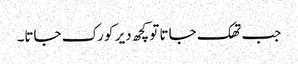
جب تھک جاتا تو کچھ دیر کو رک جاتا۔